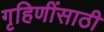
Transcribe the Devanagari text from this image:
गृहिणींसाठी